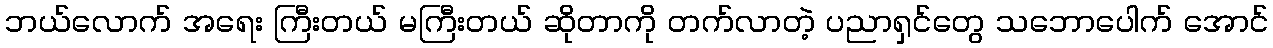
ဘယ်လောက် အရေး ကြီးတယ် မကြီးတယ် ဆိုတာကို တက်လာတဲ့ ပညာရှင်တွေ သဘောပေါက် အောင်